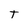
Character: T